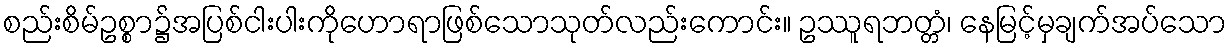
စည်းစိမ်ဥစ္စာ၌အပြစ်ငါးပါးကိုဟောရာဖြစ်သောသုတ်လည်းကောင်း။ ဥဿူရဘတ္တံ၊ နေမြင့်မှချက်အပ်သော